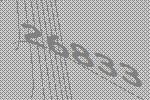
26833